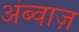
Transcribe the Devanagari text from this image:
अंब्वाज़